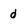
Character: d